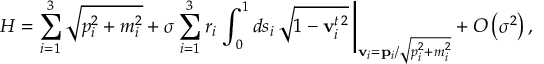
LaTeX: H = \sum _ { i = 1 } ^ { 3 } \sqrt { p _ { i } ^ { 2 } + m _ { i } ^ { 2 } } + \sigma \sum _ { i = 1 } ^ { 3 } r _ { i } \left. \int _ { 0 } ^ { 1 } d s _ { i } \, \sqrt { 1 - { \bf v } _ { i } ^ { t \, 2 } } \, \right| _ { { \bf v } _ { i } = { \bf p } _ { i } / \sqrt { p _ { i } ^ { 2 } + m _ { i } ^ { 2 } } } + O \left( \sigma ^ { 2 } \right) ,